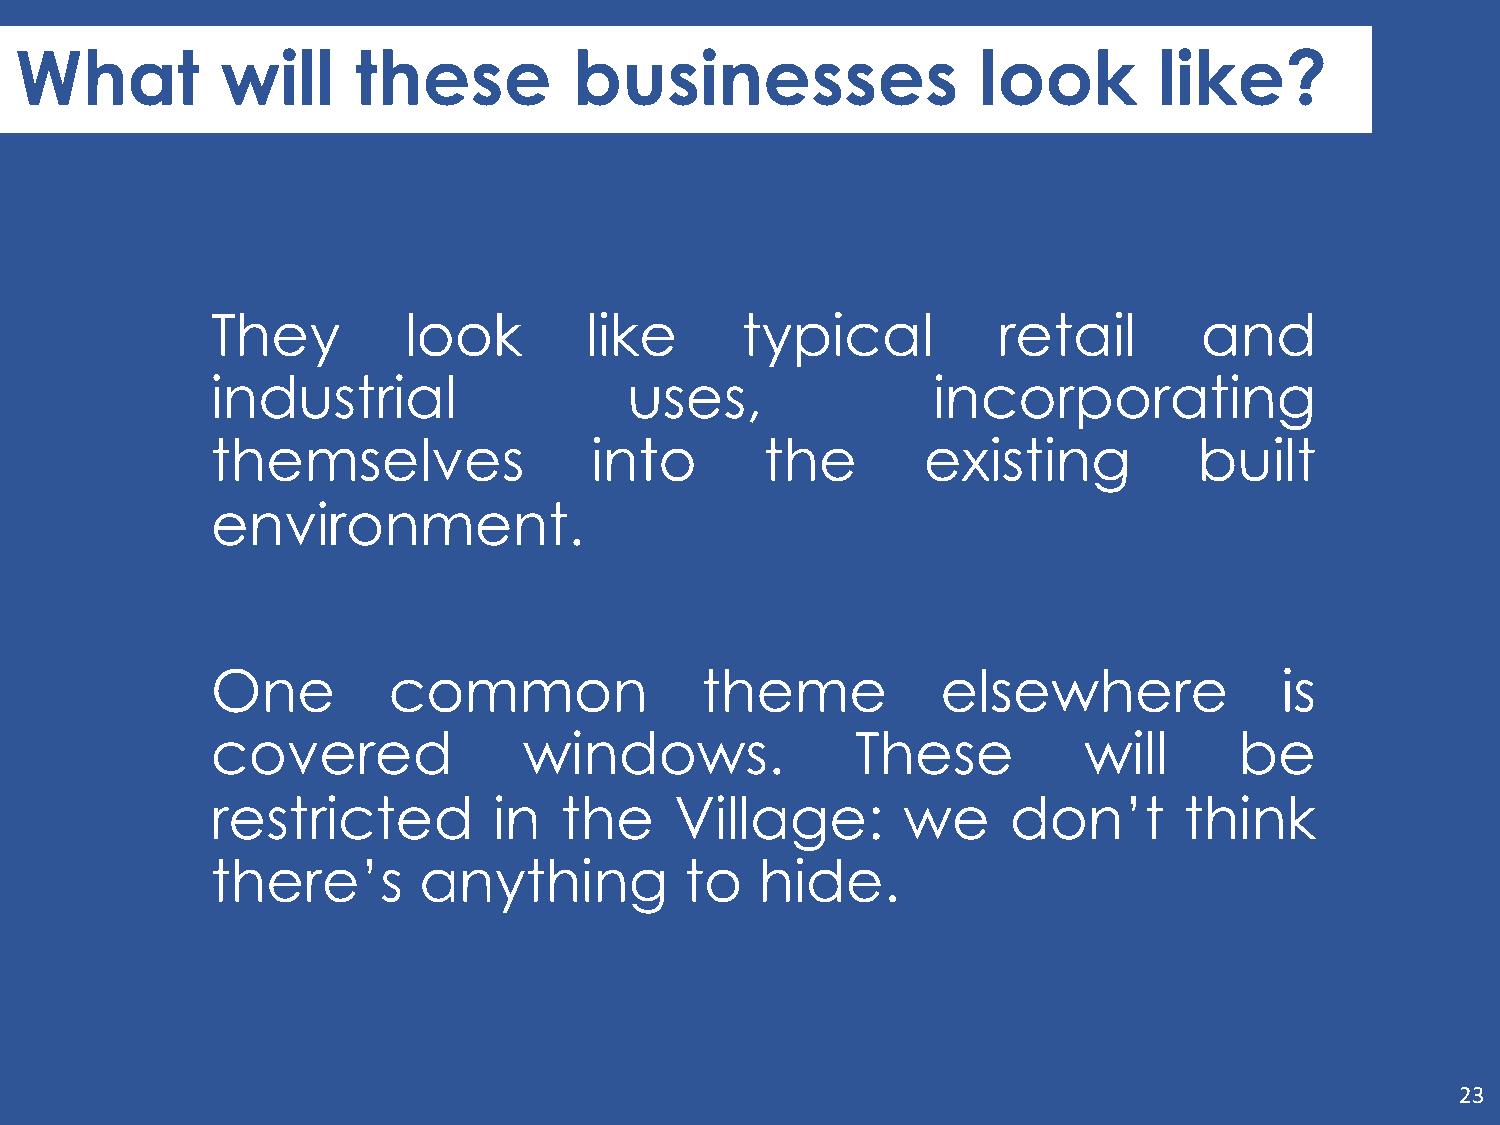
What          will     these         businesses                 look        like?
 They         look        like      typical          retail       and
 industrial                  uses,               incorporating
 themselves               into        the       existing          built
 environment.
 One         common              theme           elsewhere              is
 covered              windows.              These          will      be
 restricted         in  the     Village:       we     don’t      think
 there’s       anything         to   hide.
 23